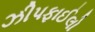
ઝીપફાઈલો